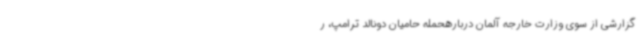
گزارشی از سوی وزارت خارجه آلمان دربارهحمله حامیان دونالد ترامپ، ر